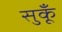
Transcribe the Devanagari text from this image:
सुकूँ